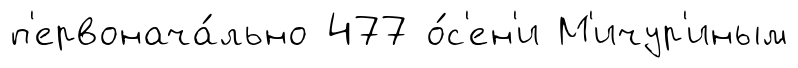
п'ервонача́льно 477 о́с'ен'и М'ичур'иным